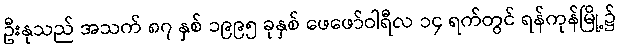
ဦးနုသည် အသက် ၈၇ နှစ် ၁၉၉၅ ခုနှစ် ဖေဖော်ဝါရီလ ၁၄ ရက်တွင် ရန်ကုန်မြို့၌